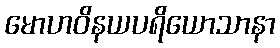
မောဟဝိနယပရိယောသာနာ